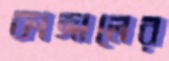
কাঙ্গালের